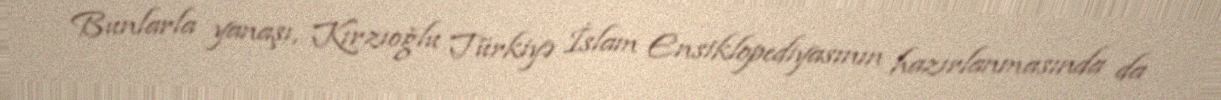
Bunlarla yanaşı, Kırzıoğlu Türkiyə İslam Ensiklopediyasının hazırlanmasında da